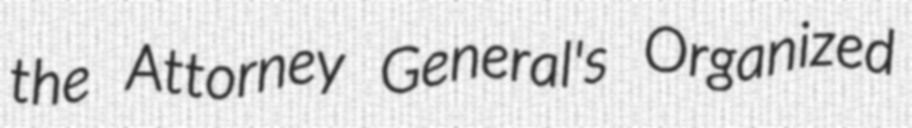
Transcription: the Attorney General's Organized